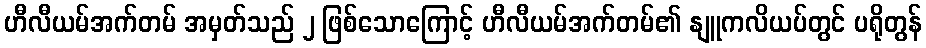
ဟီလီယမ်အက်တမ် အမှတ်သည် ၂ ဖြစ်သောကြောင့် ဟီလီယမ်အက်တမ်၏ နျူကလိယပ်တွင် ပရိုတွန်